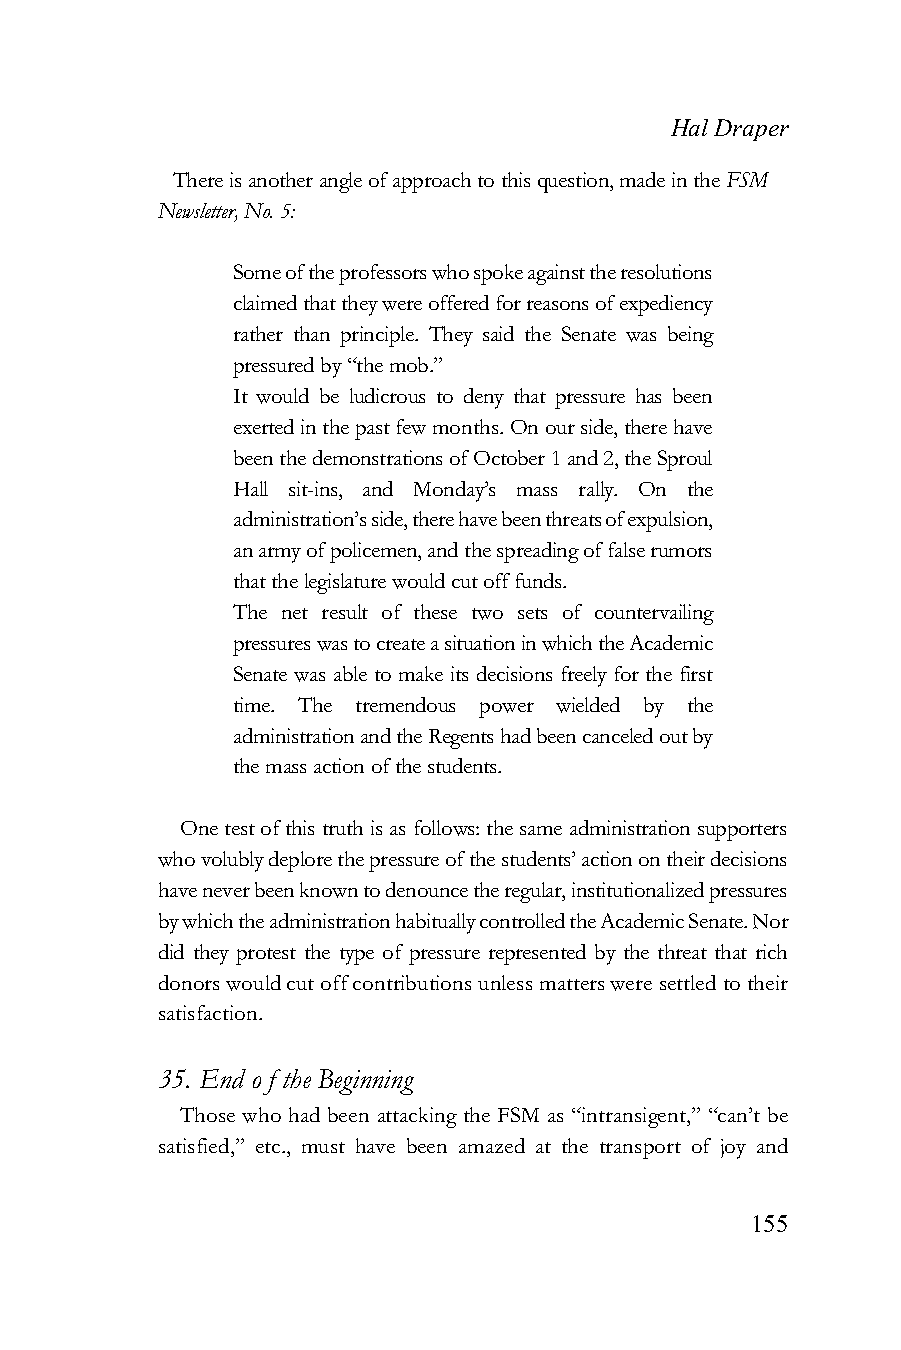
Hal Draper
 There is another angle of approach to this question, made in the FSM
 Newsletter, No. 5:
 Some of the professors who spoke against the resolutions
 claimed that they were offered for reasons of expediency
 rather than principle. They said the Senate was being
 pressured by “the mob.”
 It would be ludicrous to deny that pressure has been
 exerted in the past few months. On our side, there have
 been the demonstrations of October 1 and 2, the Sproul
 Hall sit-ins, and Monday’s mass rally. On the
 administration’s side, there have been threats of expulsion,
 an army of policemen, and the spreading of false rumors
 that the legislature would cut off funds.
 The net result of these two sets of countervailing
 pressures was to create a situation in which the Academic
 Senate was able to make its decisions freely for the first
 time. The tremendous power wielded by the
 administration and the Regents had been canceled out by
 the mass action of the students.
 One test of this truth is as follows: the same administration supporters
 who volubly deplore the pressure of the students’ action on their decisions
 have never been known to denounce the regular, institutionalized pressures
 by which the administration habitually controlled the Academic Senate. Nor
 did they protest the type of pressure represented by the threat that rich
 donors would cut off contributions unless matters were settled to their
 satisfaction.
 35. End o f the Beginning
 Those who had been attacking the FSM as “intransigent,” “can’t be
 satisfied,” etc., must have been amazed at the transport of joy and
 155